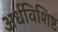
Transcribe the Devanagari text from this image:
अर्धविशिष्ट